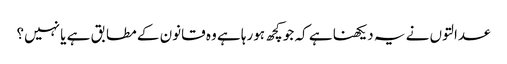
عدالتوں نے یہ دیکھنا ہے کہ جو کچھ ہورہا ہے وہ قانون کے مطابق ہے یا نہیں؟